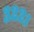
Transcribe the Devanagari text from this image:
३२२१